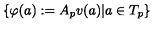
\{ \varphi ( a ) : = A _ { p } v ( a ) | a \in T _ { p } \}